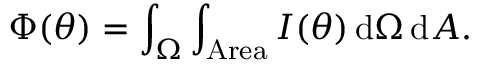
\Phi ( \theta ) = \int _ { \Omega } \int _ { \mathrm { A r e a } } I ( \theta ) \, \mathrm { d } \Omega \, \mathrm { d } A .